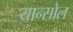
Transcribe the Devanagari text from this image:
यान्सोल